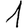
Digit: 1